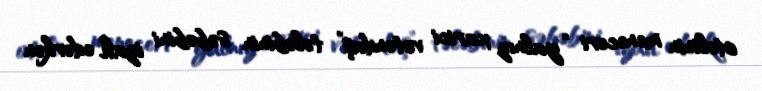
otelinin meneceri “yalnız xarici vətəndaş” tələbinin səbəbini izah edərkən